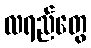
လရည်တွေ